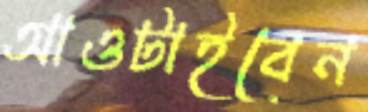
আওটাইবেন